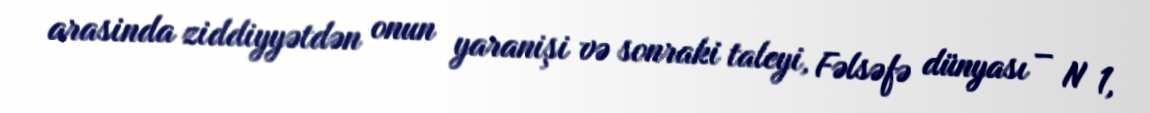
arasinda ziddiyyətdən onun yaranişi və sonraki taleyi, Fəlsəfə dünyası – N 1,